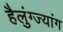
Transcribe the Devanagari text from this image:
हैलुंग्ज्यांग